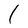
Character: l